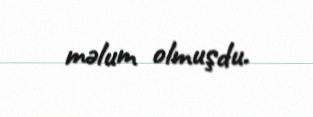
məlum olmuşdu.